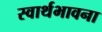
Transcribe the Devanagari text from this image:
स्वार्थभावना